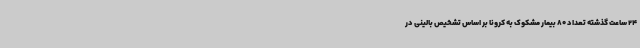
24 ساعت گذشته تعداد 80 بیمار مشکوک به کرونا بر اساس تشخیص بالینی در